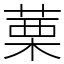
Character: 䔁